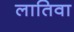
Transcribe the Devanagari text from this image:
लातिवा